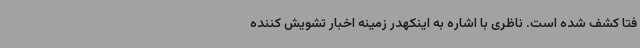
فتا کشف شده است. ناظری با اشاره به اینکهدر زمینه اخبار تشویش کننده